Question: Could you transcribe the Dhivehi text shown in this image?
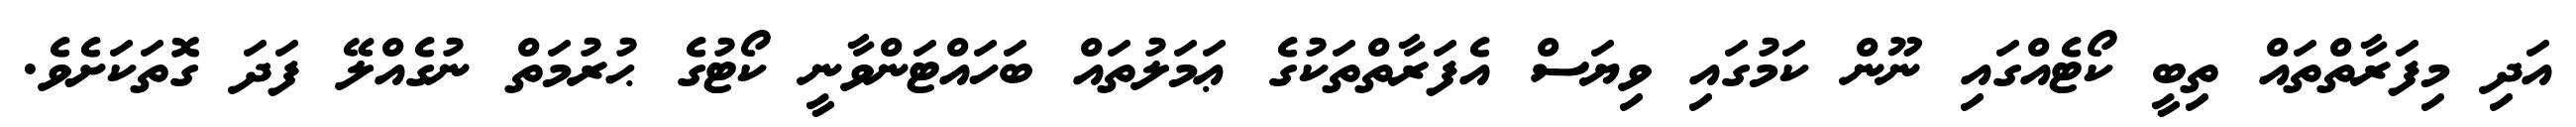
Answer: އަދި މިފަރާތްތައް ތިބީ ކޯޓެއްގައި ނޫން ކަމުގައި ވިޔަސް އެފަރާތްތަކުގެ ޢަމަލުތައް ބަހައްޓަންވާނީ ކޯޓުގެ ޙުރުމަތް ނުގެއްލޭ ފަދަ ގޮތަކަށެވެ.